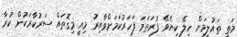
މަތީ ތައުލީމަށް ހިލޭ ކިޔެވޭ ފުރަތަމަ ފަހަރުކަމަށްވާއިރު މިއީ މިގޮތައް ސަރުކާރަކުން ކުރާ